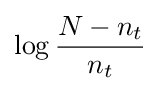
\log {\frac {N-n_{t}}{n_{t}}}